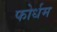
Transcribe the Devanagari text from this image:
फोर्धम